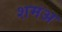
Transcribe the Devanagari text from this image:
शमअ